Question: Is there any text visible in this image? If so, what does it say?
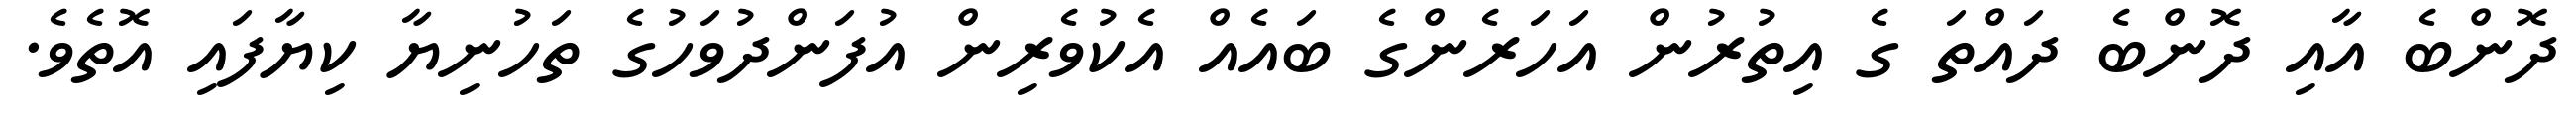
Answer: ދޮންބެ އާއި ދޮންބެ ދައްތަ ގެ އިތުރުން އަހަރެންގެ ބައެއް އެކުވެރިން އުފަންދުވަހުގެ ތަހުނިޔާ ކިޔާފައި އޮތެވެ.